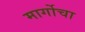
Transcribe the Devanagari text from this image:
मार्गोचा